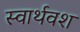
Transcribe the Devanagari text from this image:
स्वार्थवश